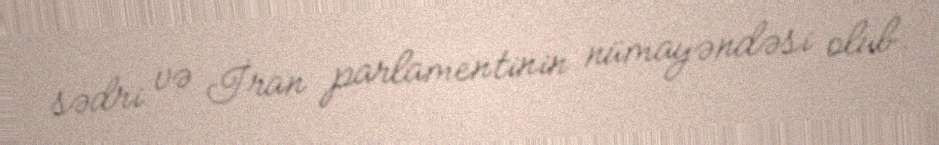
sədri və İran parlamentinin nümayəndəsi olub.